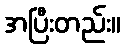
အပြီးတည်း။